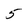
Character: 5